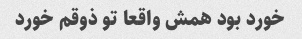
خورد بود همش واقعا تو ذوقم خورد